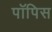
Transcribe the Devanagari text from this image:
पॉपिस